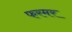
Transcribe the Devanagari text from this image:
फरमर